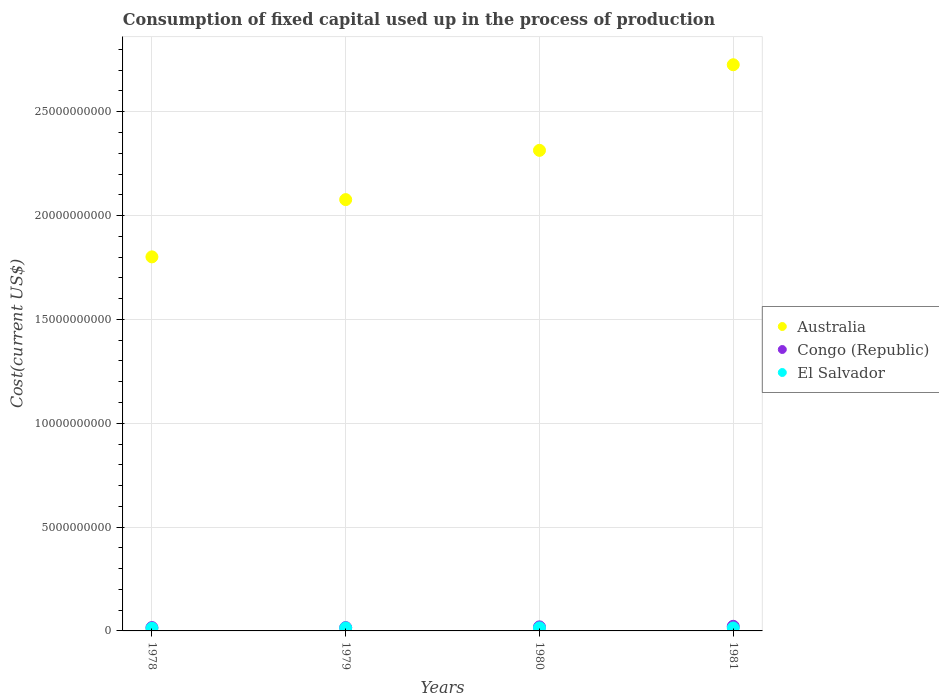
| Years | Australia | Congo (Republic) | El Salvador |
 | --- | --- | --- | --- |
 | 1978 | 1.8e+10 | 1.62e+08 | 1.29e+08 |
 | 1979 | 2.08e+10 | 1.6e+08 | 1.43e+08 |
 | 1980 | 2.31e+10 | 1.95e+08 | 1.48e+08 |
 | 1981 | 2.73e+10 | 2.22e+08 | 1.42e+08 |